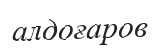
алдоғаров